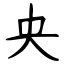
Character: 央